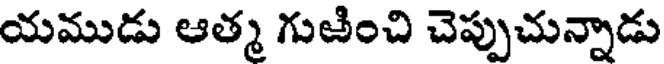
యముడు ఆత్మ గుఱించి చెప్పుచున్నాడు